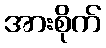
အားစိုက်